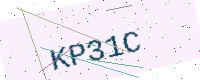
Text: KP31C